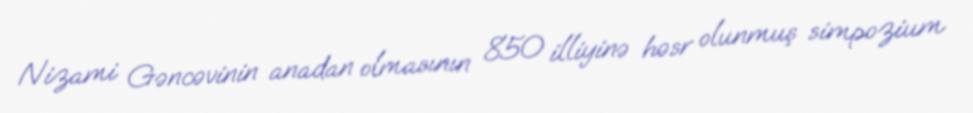
Nizami Gəncəvinin anadan olmasının 850 illiyinə həsr olunmuş simpozium